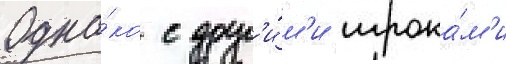
Одна́ко с друг'и́м'и игрока́м'и